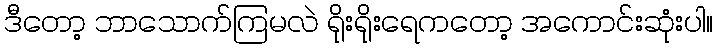
ဒီတော့ ဘာသောက်ကြမလဲ ရိုးရိုးရေကတော့ အကောင်းဆုံးပါ။